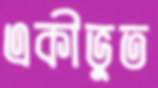
একীভুত